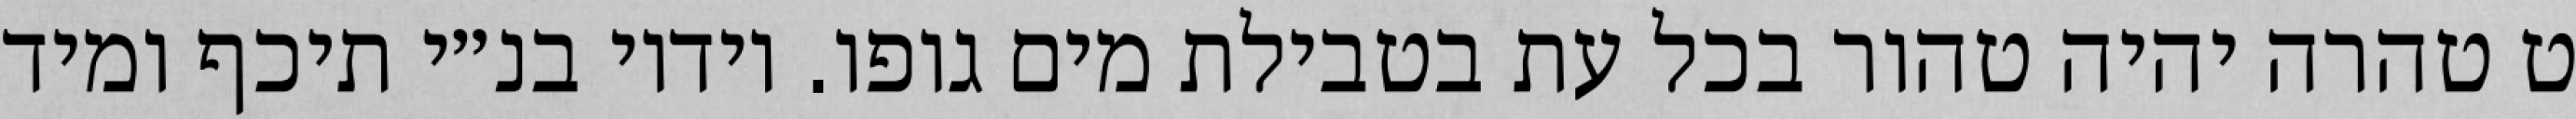
ט טהרה יהיה טהור בכל עת בטבילת מים גופו. וידיו בנ״י תיכף ומיד